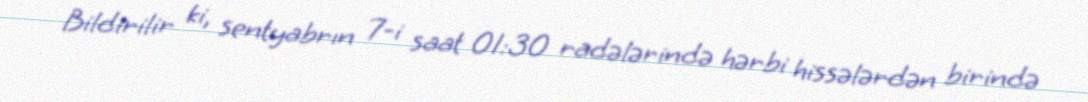
Bildirilir ki, sentyabrın 7-i saat 01:30 radələrində hərbi hissələrdən birində